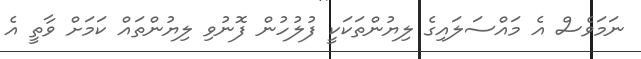
ނަމަވެސް އެ މައްސަލައިގެ ލިޔުންތަކަކީ ފުލުހުން ފޮނުވި ލިޔުންތައް ކަމަށް ވާތީ އެ